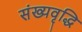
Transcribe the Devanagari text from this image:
संख्यवृद्धि